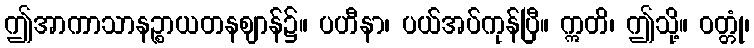
ဤအာကာသာနဉ္စာယတနဈာန်၌။ ပဟီနာ၊ ပယ်အပ်ကုန်ပြီ။ ဣတိ၊ ဤသို့။ ဝတ္တုံ၊